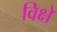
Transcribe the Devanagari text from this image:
विक्षे